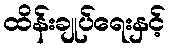
ထိန်းချုပ်ရေးနှင့်